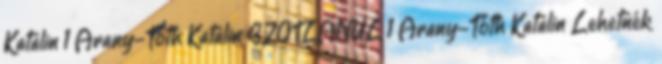
Katalin 1 Arany-Tóth Katalin SZÓTLANUL 1 Arany-Tóth Katalin Lehetnék